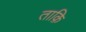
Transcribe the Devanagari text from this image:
ताक़ि